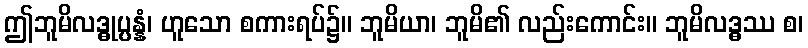
ဤဘူမိလဒ္ဓုပ္ပန္နံ၊ ဟူသော စကားရပ်၌။ ဘူမိယာ၊ ဘူမိ၏ လည်းကောင်း။ ဘူမိလဒ္ဓဿ စ၊